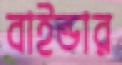
বাইন্ডার